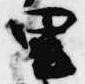
里